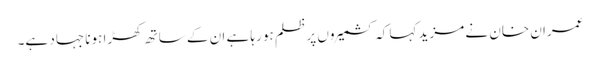
عمران خان نے مزید کہا کہ کشمیروں پر ظلم ہو رہا ہے ان کے ساتھ کھڑا ہونا جہاد ہے۔